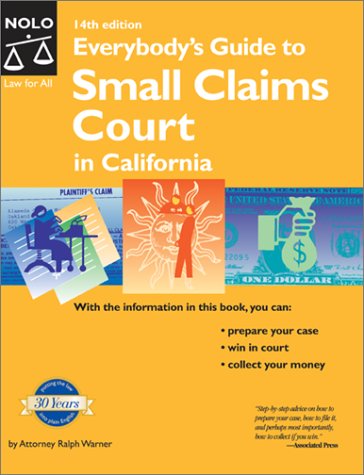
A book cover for Everybody's Guide to Small Claims Court in California; Ralph E. Warner; Law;